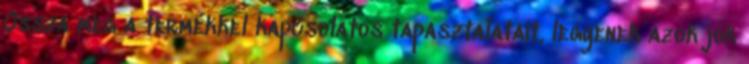
Ossza meg a termékkel kapcsolatos tapasztalatait, legyenek azok jók